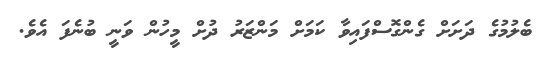
ބެލުމުގެ ދަށަށް ގެންގޮސްފައިވާ ކަމަށް މަންޒަރު ދުށް މީހުން ވަނީ ބުނެފަ އެވެ.